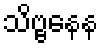
သိဗ္ဗနေန